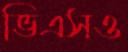
ভিএসও